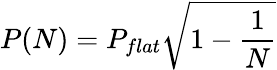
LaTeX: P(N)=P_{flat}\sqrt{1-\frac{1}{N}}